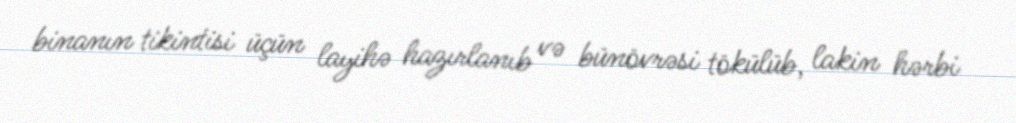
binanın tikintisi üçün layihə hazırlanıb və bünövrəsi tökülüb, lakin hərbi